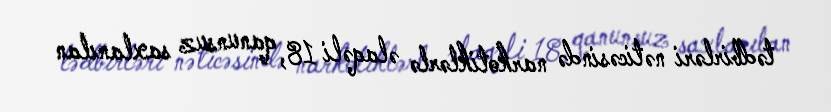
tədbirləri nəticəsində narkotiklərlə əlaqəli 18, qanunsuz saxlanılan